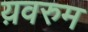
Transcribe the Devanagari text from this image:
य़वरुम